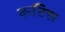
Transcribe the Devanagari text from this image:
कटिस